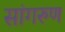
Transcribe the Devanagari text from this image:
सांगरुण